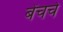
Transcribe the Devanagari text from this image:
बेंचचे